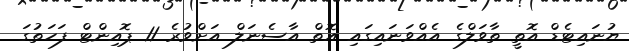
ޔުނައިޓެޑް އޮތީ ތާވަލްގެ އެއްވަނައިގައި އޮތް އާސެނަލް އަށްވުރެ 11 ޕޮއިންޓް ފަހަތުގަ